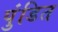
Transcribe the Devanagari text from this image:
पुंडित